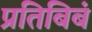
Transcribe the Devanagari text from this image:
प्रतिबिबं